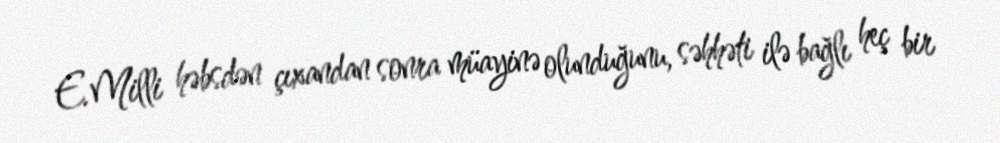
E.Milli həbsdən çıxandan sonra müayinə olunduğunu, səhhəti ilə bağlı heç bir